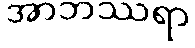
အာဘဿရာ